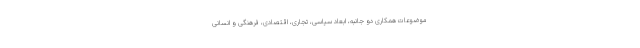
موضوعات همکاری دو جانبه، ابعاد سیاسی، تجاری، اقتصادی، فرهنگی و انسانی